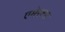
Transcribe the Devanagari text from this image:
एमेरल्ड